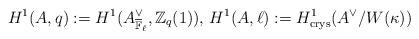
LaTeX: \begin{align*}H^1(A,q):=H^1(A_{\overline{\mathbb{F}}_\ell}^\vee,\mathbb{Z}_q(1)),\,H^1(A,\ell):=H^1_\mathrm{crys}(A^\vee/W({\kappa}))\end{align*}